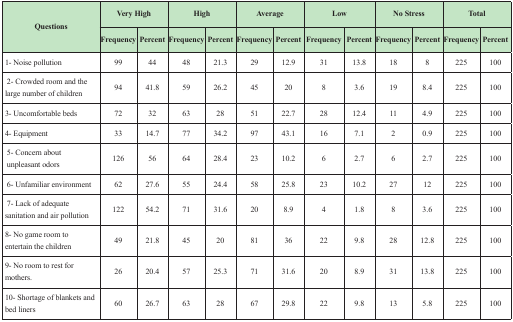
<table><thead><tr><td rowspan="2"><b>Questions</b></td><td colspan="2"><b>Very High</b></td><td colspan="2"><b>High</b></td><td colspan="2"><b>Average</b></td><td colspan="2"><b>Low</b></td><td colspan="2"><b>No Stress</b></td><td colspan="2"><b>Total</b></td></tr><tr><td><b>Frequency</b></td><td><b>Percent</b></td><td><b>Frequency</b></td><td><b>Percent</b></td><td><b>Frequency</b></td><td><b>Percent</b></td><td><b>Frequency</b></td><td><b>Percent</b></td><td><b>Frequency</b></td><td><b>Percent</b></td><td><b>Frequency</b></td><td><b>Percent</b></td></tr></thead><tbody><tr><td>1- Noise pollution</td><td>99</td><td>44</td><td>48</td><td>21.3</td><td>29</td><td>12.9</td><td>31</td><td>13.8</td><td>18</td><td>8</td><td>225</td><td>100</td></tr><tr><td>2- Crowded room and the large number of children</td><td>94</td><td>41.8</td><td>59</td><td>26.2</td><td>45</td><td>20</td><td>8</td><td>3.6</td><td>19</td><td>8.4</td><td>225</td><td>100</td></tr><tr><td>3- Uncomfortable beds</td><td>72</td><td>32</td><td>63</td><td>28</td><td>51</td><td>22.7</td><td>28</td><td>12.4</td><td>11</td><td>4.9</td><td>225</td><td>100</td></tr><tr><td>4- Equipment</td><td>33</td><td>14.7</td><td>77</td><td>34.2</td><td>97</td><td>43.1</td><td>16</td><td>7.1</td><td>2</td><td>0.9</td><td>225</td><td>100</td></tr><tr><td>5- Concern aboutunpleasant odors</td><td>126</td><td>56</td><td>64</td><td>28.4</td><td>23</td><td>10.2</td><td>6</td><td>2.7</td><td>6</td><td>2.7</td><td>225</td><td>100</td></tr><tr><td>6- Unfamiliar environment</td><td>62</td><td>27.6</td><td>55</td><td>24.4</td><td>58</td><td>25.8</td><td>23</td><td>10.2</td><td>27</td><td>12</td><td>225</td><td>100</td></tr><tr><td>7- Lack of adequatesanitation and air pollution</td><td>122</td><td>54.2</td><td>71</td><td>31.6</td><td>20</td><td>8.9</td><td>4</td><td>1.8</td><td>8</td><td>3.6</td><td>225</td><td>100</td></tr><tr><td>8- No game room toentertain the children</td><td>49</td><td>21.8</td><td>45</td><td>20</td><td>81</td><td>36</td><td>22</td><td>9.8</td><td>28</td><td>12.8</td><td>225</td><td>100</td></tr><tr><td>9- No room to rest for mothers.</td><td>26</td><td>20.4</td><td>57</td><td>25.3</td><td>71</td><td>31.6</td><td>20</td><td>8.9</td><td>31</td><td>13.8</td><td>225</td><td>100</td></tr><tr><td>10- Shortage of blankets andbed liners</td><td>60</td><td>26.7</td><td>63</td><td>28</td><td>67</td><td>29.8</td><td>22</td><td>9.8</td><td>13</td><td>5.8</td><td>225</td><td>100</td></tr></tbody></table>